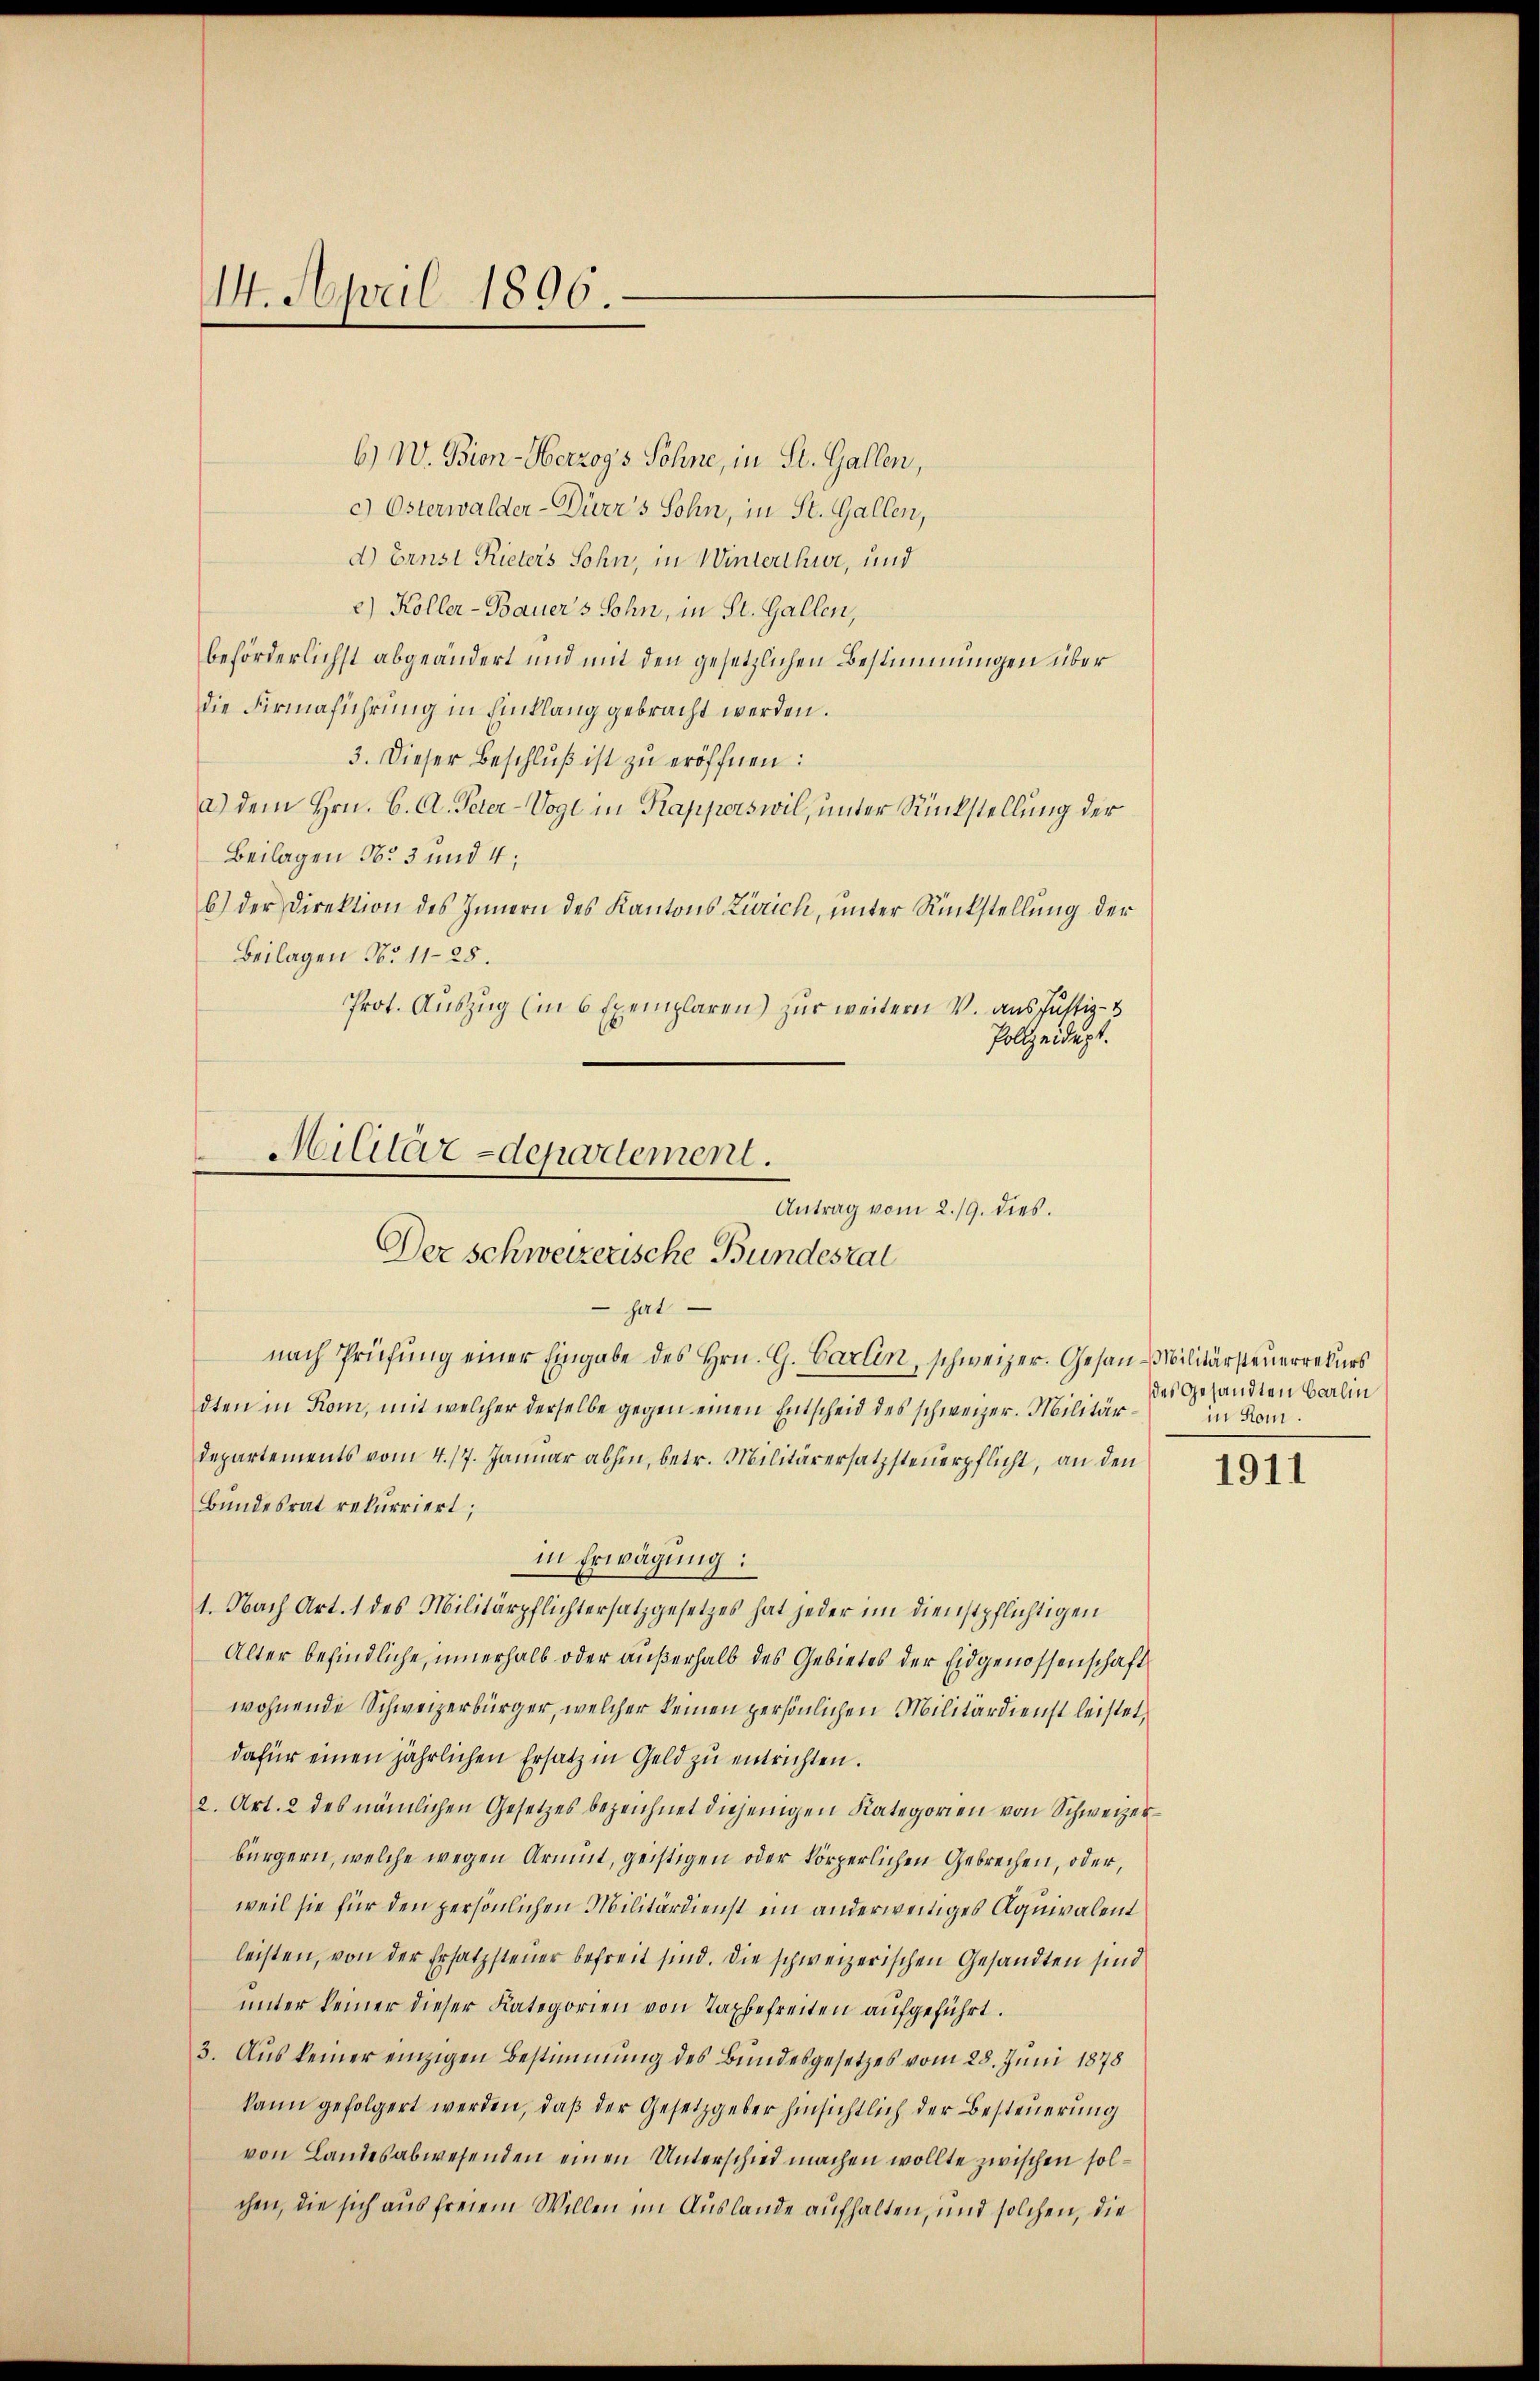
14. April 1806.

6) W. Bien-Herzogs Söhne, in St. Gallen,
c) Österwalder- Dürr's Sohn, in St. Gallen,
d.) Ernst Rieters Sohn, in Winterthur, und
2) Koller-Bauers Sohn, in St. Gallen,
beförderlichst abgeändert und mit den gesetzlichen Bestimmungen über
die Firmaführung in Hinklang gebracht werden.
3. Dieser Beschlŭβ ist zŭ eröffnen:
a.) Dem Hrn. C. A. Peter-Vogt in Kapperswil, unter Rückstellung der
Beilagen No 3 und 4:
b.) Der Direktion des Innern des Kantons Zürich, unter Rückstellung der
Beilagen No 1128.
Prot. Auszug (in 6 Exemplaren) zur weitern V. aus Justiz- &
Polizeidigt.

Militärdepartement.
Antrag vom 2./9. dies.
Der Schweizerische Bundesrat
 hat
nach Prüfŭng einer Eingabe des Hrn. G. Carlin, schweizer. Gesan-Militärsteuerrekurs

departements vom 4. 17. Januar abhin, betr. Militärersatzsteuerpflicht, an den
Bundesrat rekurriert;
in Erwägung:
1. Nach Art. 1 des Militärpflichtersatzgesetzes hat jeder im Dienstpflichtigen
Alter befindliche, innerhalb oder außerhalb des Gebietes der Eidgenossenschaft
wohnende Schweizerbürger, welcher keinen persönlichen Militärdienst leistet,
dafür einen jährlichen Ersatz in Geld zŭ entrichten.
2. Art. 2 des nämlichen Gesetzes bezeichnet diejenigen Kategorien von Schweizerbürgern, welche wegen Armut, geistigen oder körperlichen Gebrechen, oder,
weil sie für den persönlichen Militärdienst im anderweitiges Äquivalent
leisten, von der Ersatzsteuer befreit sind. Die schweizerischen Gesandten sind
unter keiner dieser Kategorien von Taxbefreiten aufgeführt.
3. Aus keiner einzigen Bestimmung des Bundesgesetzes vom 28. Juni 1878
kann gefolgert werden, daß der Gesetzgeber hinsichtlich der Besteuerung
von Landesabwesenden einen Unterschied machen wollte zwischen solchen, die sich aus freiem Willen im Auslande aufhalten, und solchen, die

dten in Kom, mit welcher derselbe gegen einen Entscheid des schweizer. Militär¬

des Gesandten Balin
in Rom.

1911